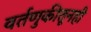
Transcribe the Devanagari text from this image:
वर्तणुकीतूनही